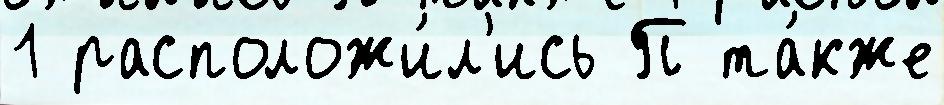
1 расположи́л'ись П та́кже